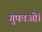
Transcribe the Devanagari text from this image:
गुफाओं।